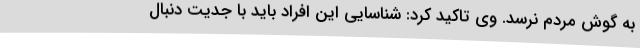
به گوش مردم نرسد. وی تاکید کرد: شناسایی این افراد باید با جدیت دنبال